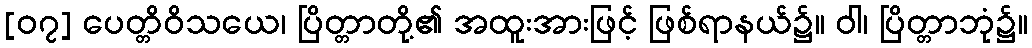
[၀၇] ပေတ္တိဝိသယေ၊ ပြိတ္တာတို့၏ အထူးအားဖြင့် ဖြစ်ရာနယ်၌။ ဝါ၊ ပြိတ္တာဘုံ၌။